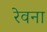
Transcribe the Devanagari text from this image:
रेवना